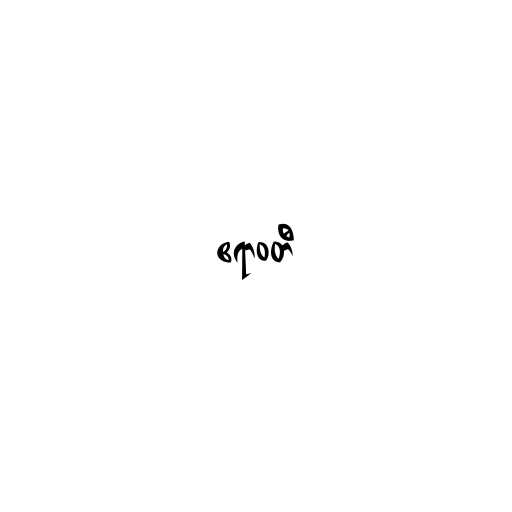
ဧရာဝတီ